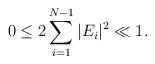
LaTeX: \begin{align*}0\leq 2\sum\limits_{i=1}^{N-1}|E_i|^2\ll 1.\end{align*}